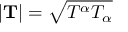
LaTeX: | \mathbf { T } | = { \sqrt { T ^ { \alpha } T _ { \alpha } } }